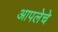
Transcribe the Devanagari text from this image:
आपलेचे